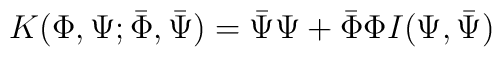
K(\Phi, \Psi; \bar{\Phi}, \bar{\Psi}) = \bar{\Psi} \Psi + \bar{\Phi} \Phi  I(\Psi, \bar{\Psi})